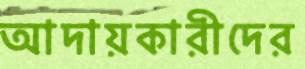
আদায়কারীদের